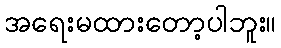
အရေးမထားတော့ပါဘူး။